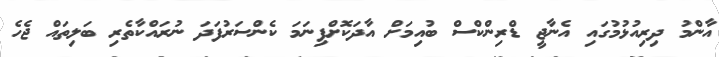
އާންމު ދިރިއުޅުމުގައި އެނާޖީ ޑްރިންކްސް ބުއިމަށް އާދަކޮށްފިނަމަ ކެންސަރުފަދަ ނުރައްކާތެރި ބަލިތައް ޖެހެ